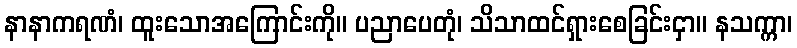
နာနာကရဏံ၊ ထူးသောအကြောင်းကို။ ပညာပေတုံ၊ သိသာထင်ရှားစေခြင်းငှာ။ နသက္ကာ၊